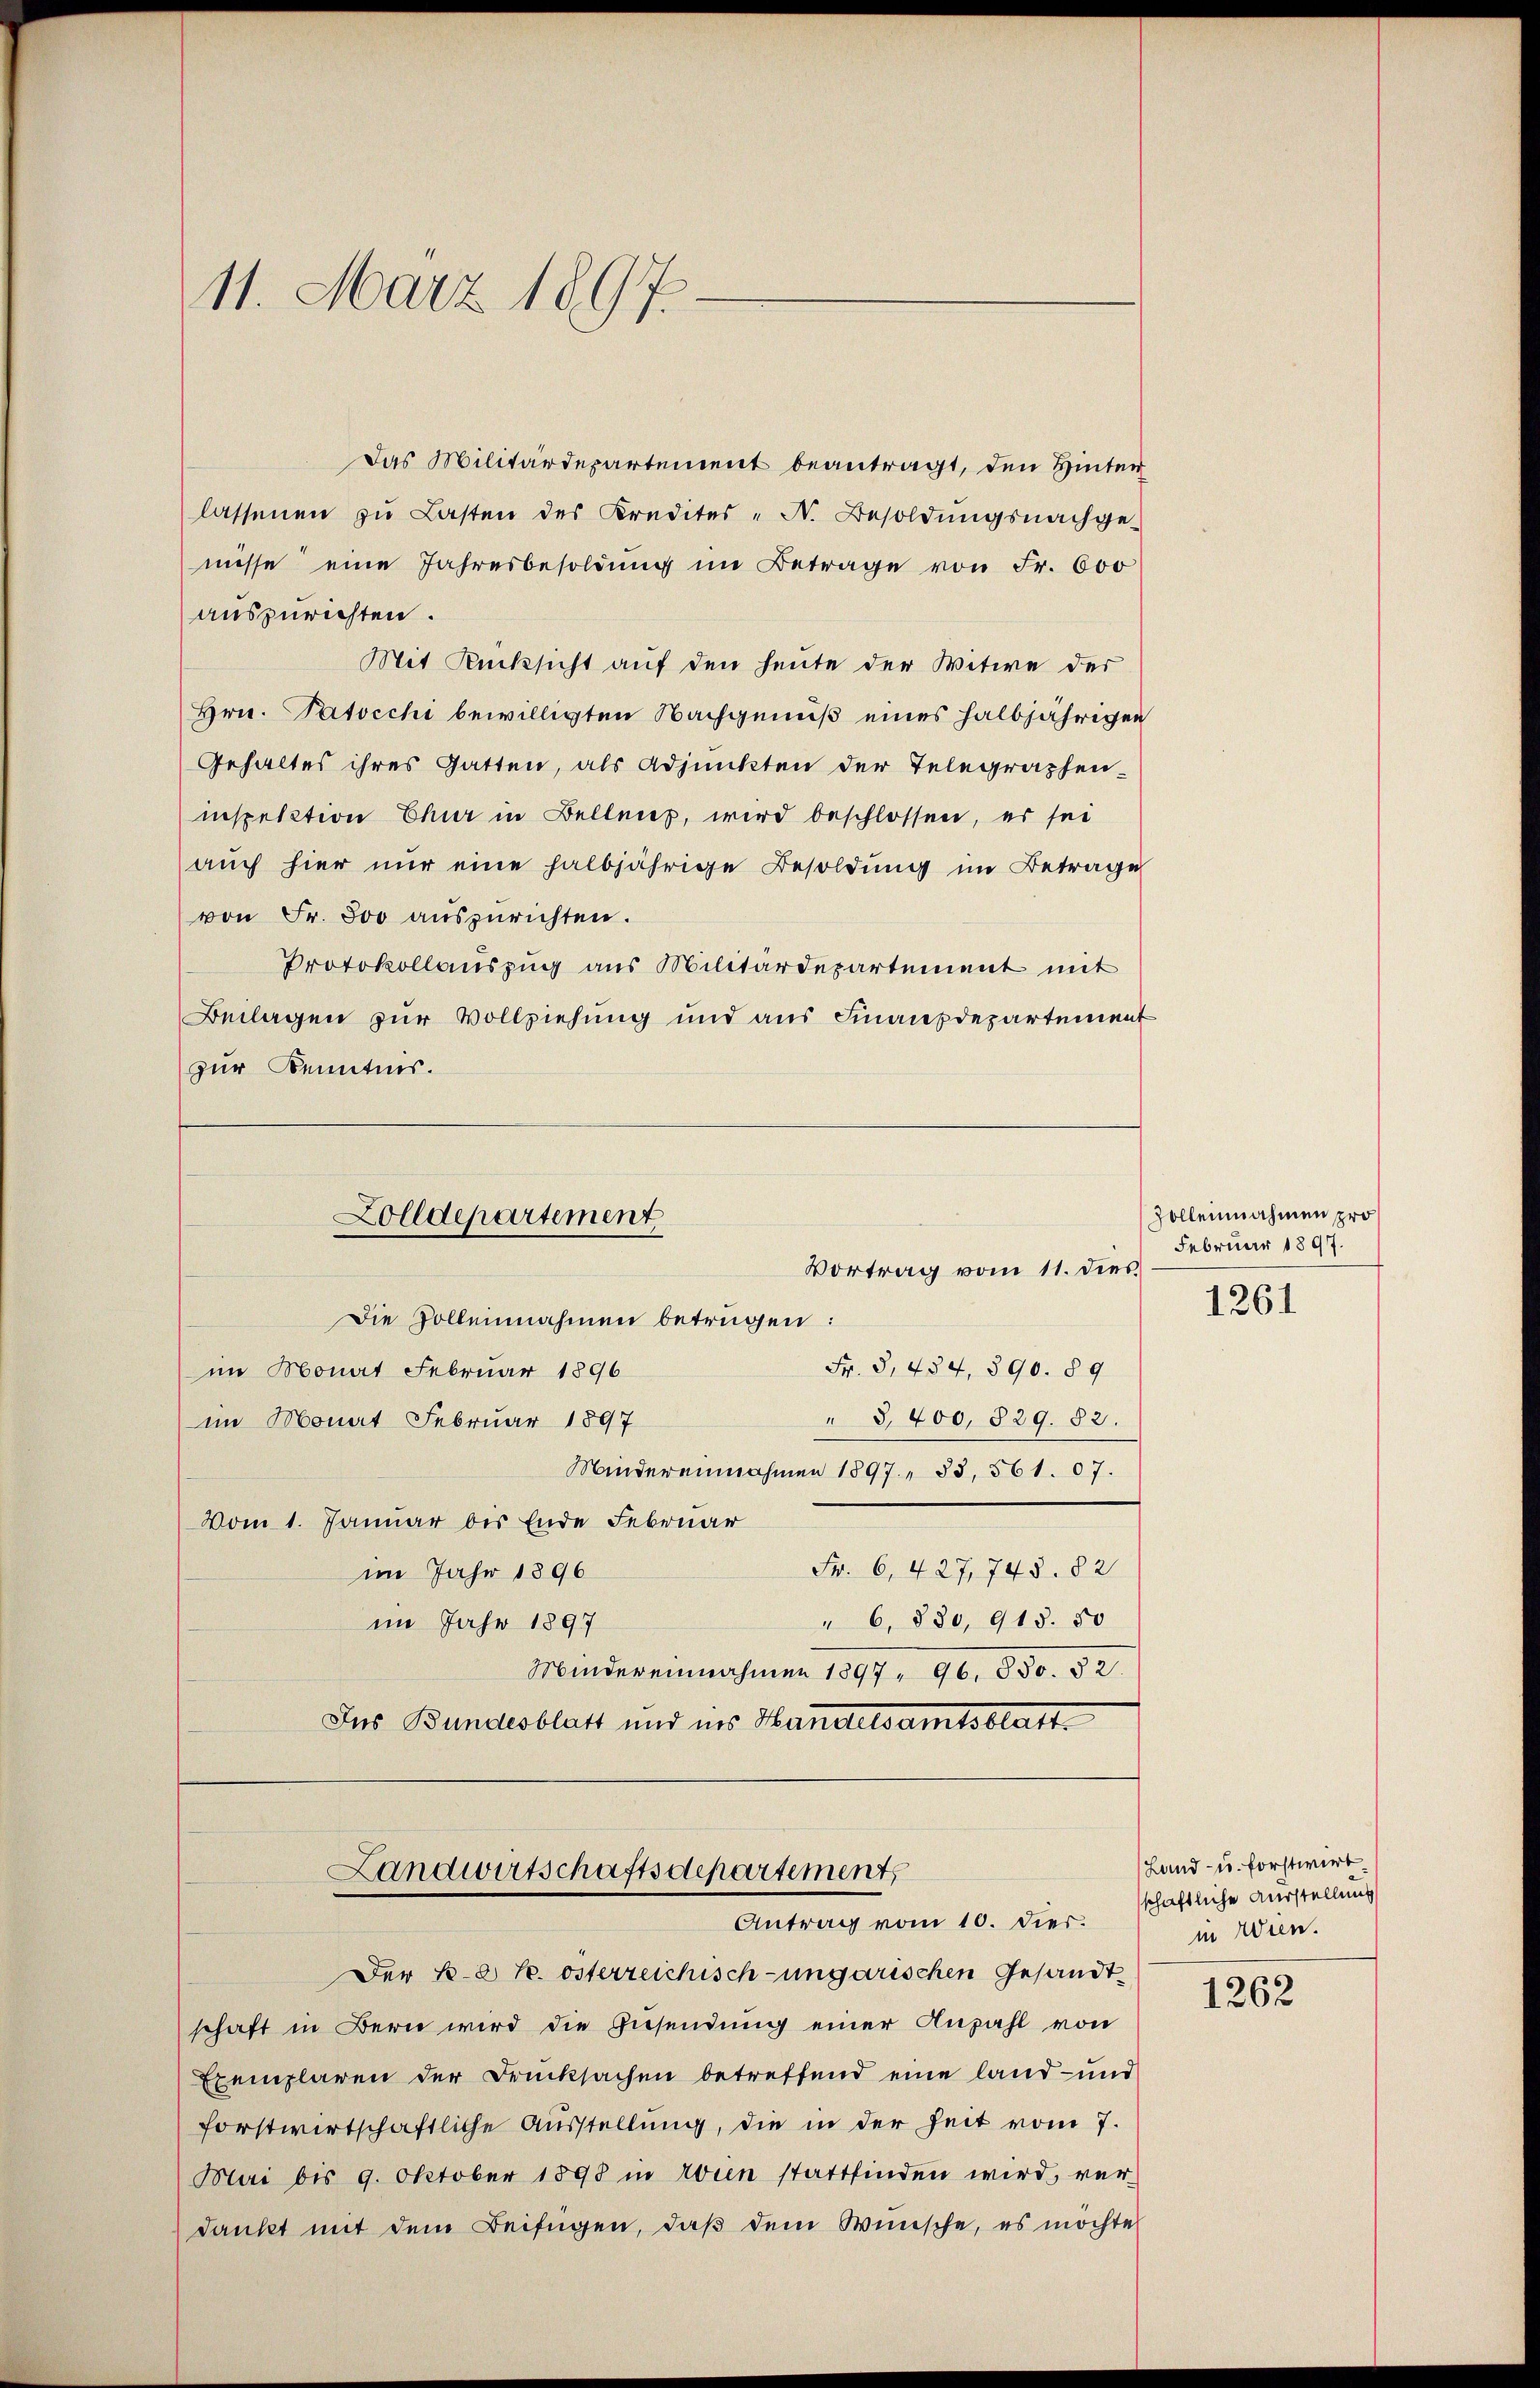
11. März 1897

Das Militärdepartement beantragt, den Hinter
lassenen zu Lasten des Kredites - N. Besoldungsnachge-
nisse eine Jahresbesoldung im Betrage von Fr. 600
auszurichten.
Mit Rücksicht auf den heute der Witwe der
Hrn. Patocchi bewilligten Nachgenuß eines halbjährigen
Gehaltes ihres Gatten, als Adjunkten der Telegraphen.
inspection Chur in Bellens, wird beschlossen, es sei
auch hier nur eine halbjährige Besoldung im Betrage
von Fr. 800 auszurichten.
Protokollauszug aus Militärdepartement mit
Beilagen zur Vollziehung und aus Finanzdepartement
zur Kenntnis.

Zolldepartement
Vortrag vom 11. dies
Die Zollennahmen betrügen:

Fr. 3, 484, 390. 89
im Monat Februar 1896
" S,400, 329. 82.
im Monat Februar 1897
Mindereinnahmen 1897, 33, 561. 07.
vom 1. Januar bis Ende Februar
Fr. 6, 427, 748. 82
im Jahr 1896
" 6, 880, 915. 50
im Jahr 1897
Mindereinnahmen 1897, 96. 330. 82.
Ins Bundesblatt und ins Handelsamtsblatt.

Landwirtschaftsdepartement
Antrag vom 10. dies.

Der k. k. österreichisch-ungarischen Gesandt
schaft in Bern wird die Zusendung einer Anzahl von
Exemplaren der Drucksachen betreffend eine land- und
forstwirtschaftliche Ausstellung, die in der Zeit vom 7.
Mai bis 9. Oktober 1898 in ein stattfinden wird, ver-
dankt mit dem Beifügen, daß dem Wünsche, es möchte

Zolleinnahmen pro
Februar 1897.

1261

Land- u. forstwirt
schaftliche Ausstellung
in Wien.

1262